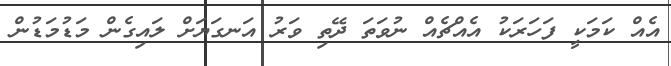
އެއް ކަމަކީ ފަހަރަކު އެއްޗެއް ނުވަތަ ދޭތި ވަރު އަނގަޔަށް ލައިގެން މަޑުމަޑުން